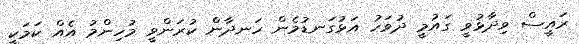
ރައީސް ވިދާޅުވީ ގައުމީ ދުވަހު އަޅުގަނޑުމެން ހަނދާން ކުރަންވީ މުހިންމު އެއް ކަމަކީ